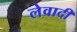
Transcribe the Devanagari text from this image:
लेवादी